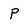
Character: p